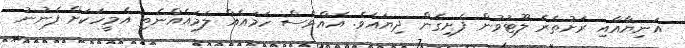
އަނިޔާއާއި ރަށުތެރެ ލޫޓުވުން ފެށިގެން ދިޔައެވެ. އެއްވެސް ހަމައެއް ލަމައެއްނެތި އެމީހަކަށް ފެނުނު